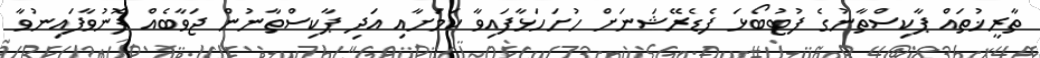
ތާރީޚުތައް ޕާކިސްތާނުގެ ފުޓުބޯޅަ ފެޑެރޭޝަނަށް ހުށަހަޅާފައިވާ ކަމަށާއި އަދި ޕާކިސްތާނުން ޖަވާބެއް ފޮނުވާފައިނުވާ